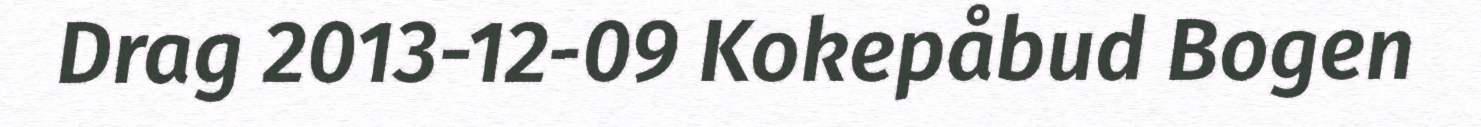
Drag 2013-12-09 Kokepåbud Bogen